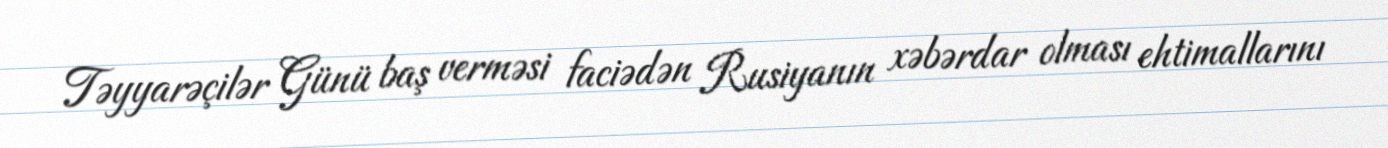
Təyyarəçilər Günü baş verməsi faciədən Rusiyanın xəbərdar olması ehtimallarını